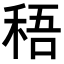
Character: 𥟊